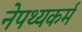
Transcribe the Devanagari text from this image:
नेपथ्यकर्म